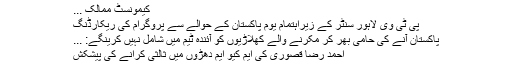
کیمونسٹ ممالک ...
پی ٹی وی لاہور سنٹر کے زیراہتمام یوم پاکستان کے حوالے سے پروگرام کی ریکارڈنگ
پاکستان آنے کی حامی بھر کر مکرنے والے کھلاڑیوں کو آئندہ ٹیم میں شامل نہیں کرینگے: ...
احمد رضا قصوری کی ایم کیو ایم دھڑوں میں ثالثی کرانے کی پیشکش